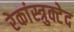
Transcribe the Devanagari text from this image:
रेकांस्त्रुक्टेद